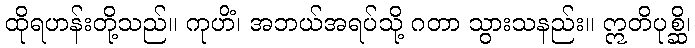
ထိုရဟန်းတို့သည်။ ကုဟိံ၊ အဘယ်အရပ်သို့ ဂတာ သွားသနည်း။ ဣတိပုစ္ဆိ၊